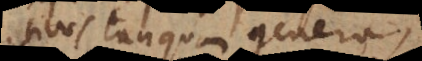
primitivos tanquam genera,